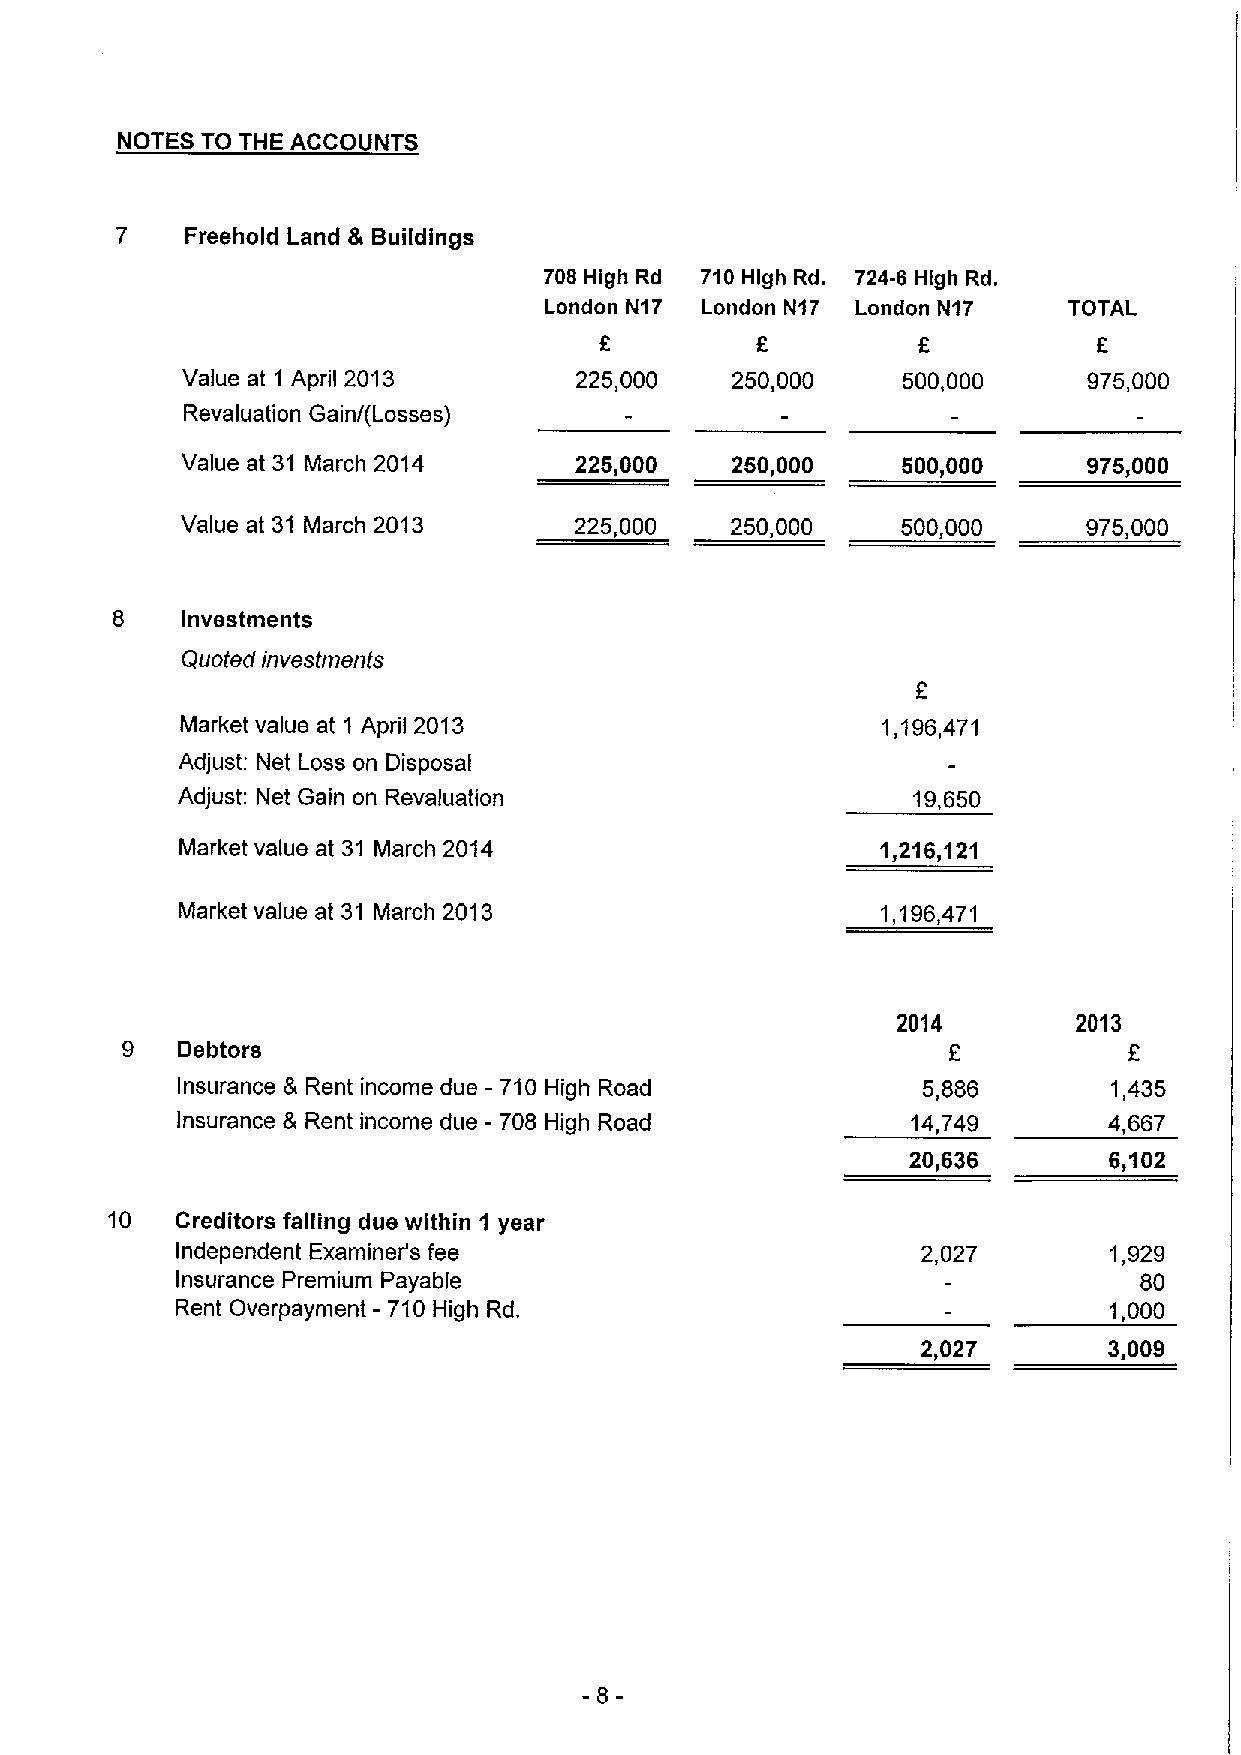
NOTES TO THE ACCOUNTS
 7   Freehold Land & Buildings
 706 High Rd 710High Rd. 724-6 High Rd.
 London N17 London N17 London N17   TOTAL
 f
 Value at 1 April 2013     225,000   250,000     500,000     975,000
 Revaluation Gain/(Losses)
 Value at 31 March 2014    225,000   250,000     500,000     975,000
 Value at 31 March 2013    225,000   250,000     500,000     975,000
 8    Investments
 Quoted investments
 Market value at 1 April 2013                  1,196,471
 Adjust: Net Loss on Disposal
 Adjust: Net Gain on Revaluation                 19,650
 Market value at 31 March 2014                 1,216,121
 Market value at 31 March 2013                 1,196,471
 2014        2013
 9   Debtors                                                        f
 Insurance & Rent income due - 710 High Road      5,886       1,435
 Insurance & Rent income due - 708 High Road     14,749       4,667
 20,636       6,102
 10   Creditors falling due within 1 year
 Independent Examiner's fee                       2,027       1,929
 Insurance Premium Payable                                      80
 Rent Overpayment —710 High Rd.                               1,000
 2,027       3,009